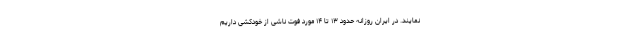
نمايند. در ایران روزانه حدود ۱۳ تا ۱۴ مورد فوت ناشی از خودکشی داریم